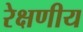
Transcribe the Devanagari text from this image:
रेक्षणीय